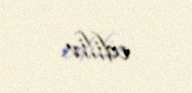
edilir.